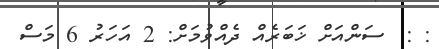
: :  ސަންއަށް ޚަބަރެއް ދެއްވުމަށް: 2 އަހަރު 6 މަސް